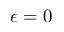
\epsilon = 0